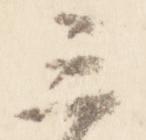
三